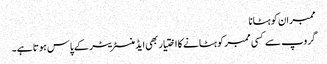
ممبران کو ہٹانا
گروپ سے کسی ممبر کو ہٹانے کا اختیار بھی ایڈمنسٹریٹر کے پاس ہوتا ہے۔